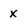
Character: x